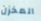
المخزن